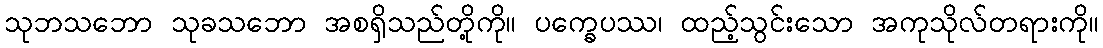
သုဘသဘော သုခသဘော အစရှိသည်တို့ကို။ ပက္ခေပဿ၊ ထည့်သွင်းသော အကုသိုလ်တရားကို။